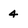
Character: 4